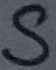
Text: S